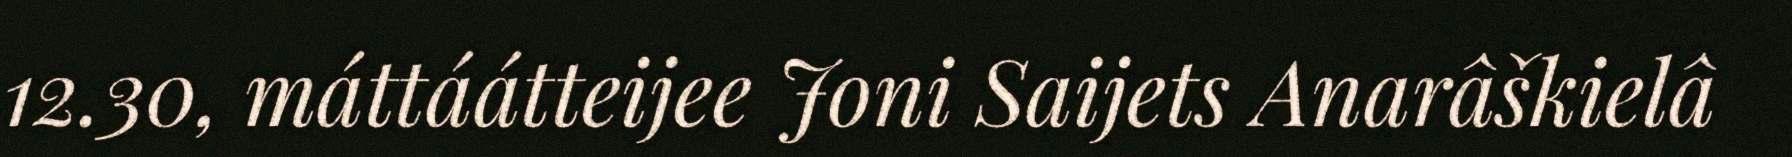
12.30, máttáátteijee Joni Saijets Anarâškielâ